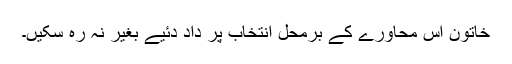
خاتون اس محاورے کے برمحل انتخاب پر داد دئیے بغیر نہ رہ سکیں۔